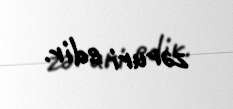
zəruri edir.